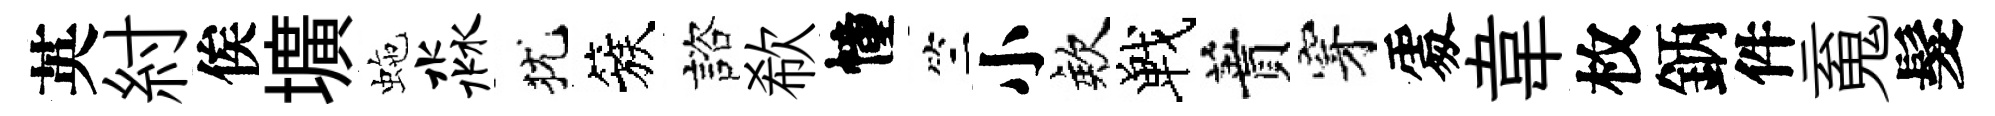
英紂俟壙虵淼犹簇諮欷幢竺小欸戰蕡穿𠁅韋枚鈵件䰟髮